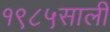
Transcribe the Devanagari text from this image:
१९८५साली